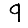
Digit: 9